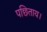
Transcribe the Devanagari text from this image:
पछिताय।